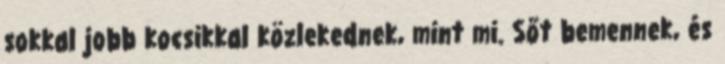
sokkal jobb kocsikkal közlekednek, mint mi. Sőt bemennek, és